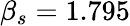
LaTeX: \beta_{s}=1.795